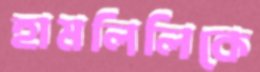
হামলিলিকে